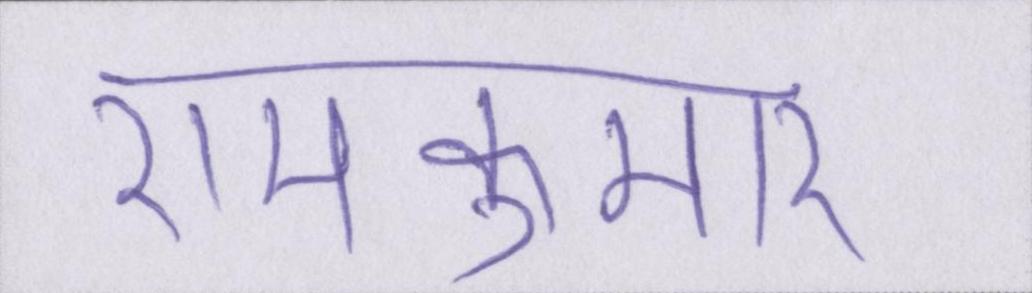
रामकुमार